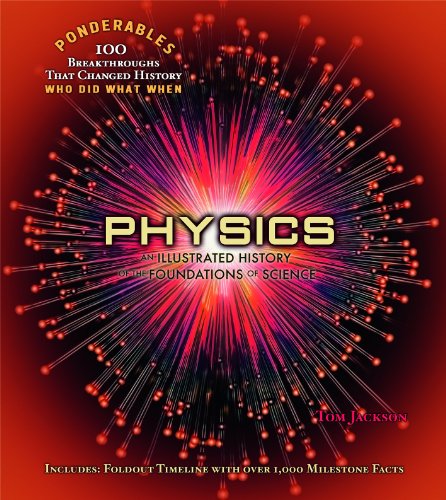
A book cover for Physics: An Illustrated History of the Foundations of Science (Ponderables 100 Breakthroughs That Changed History Who Did What When); Tom Jackson; Science & Math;